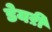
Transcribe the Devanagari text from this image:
डेयऱी